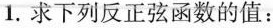
1.求下列反正弦函数的值: